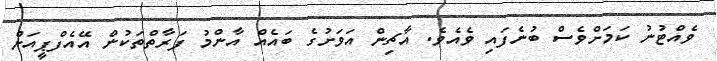
ވެއްޓުނު ކަމަށްވެސް ބުނެފައި ވެއެވެ. އާޗިން އަވަށުގެ ބައެއް އާންމު ފަރާތްތަކުން އޭއެފްޕީއަށް